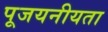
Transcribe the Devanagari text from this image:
पूजयनीयता